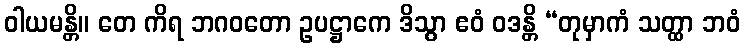
ဝါယမန္တိ။ တေ ကိရ ဘဂဝတော ဥပဋ္ဌာကေ ဒိသွာ ဧဝံ ဝဒန္တိ “တုမှာကံ သတ္ထာ ဘဝံ